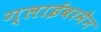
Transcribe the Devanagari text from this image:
ग्लाईबरमैन